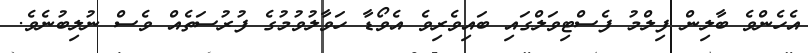
އެހެންވެ ބާލިން ފިލްމު ފެސްޓިވަލްގައި ބައިވެރިވެ އެވޯޑާ ހަވާލުވުމުގެ ފުރުސަތެއް ވެސް ނުލިބުނެވެ.